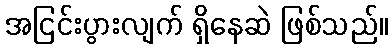
အငြင်းပွားလျက် ရှိနေဆဲ ဖြစ်သည်။